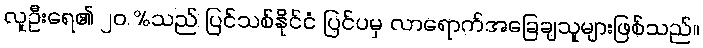
လူဦးရေ၏ ၂၀ %သည် ပြင်သစ်နိုင်ငံ ပြင်ပမှ လာရောက်အခြေချသူများဖြစ်သည်။